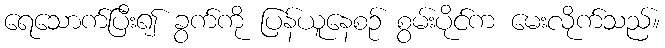
ရေသောက်ပြီး၍ ခွက်ကို ပြန်ယူနေစဉ် စွမ်းပိုင်က မေးလိုက်သည်။